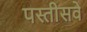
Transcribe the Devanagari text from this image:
पस्तीसवे